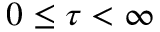
0 \leq \tau < \infty